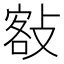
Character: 𢾏